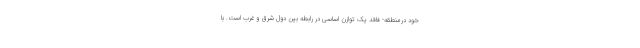
خود درمنطقه- فاقد یک توازن اساسی در رابطه بین دول شرق و غرب است. با